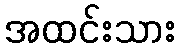
အထင်းသား